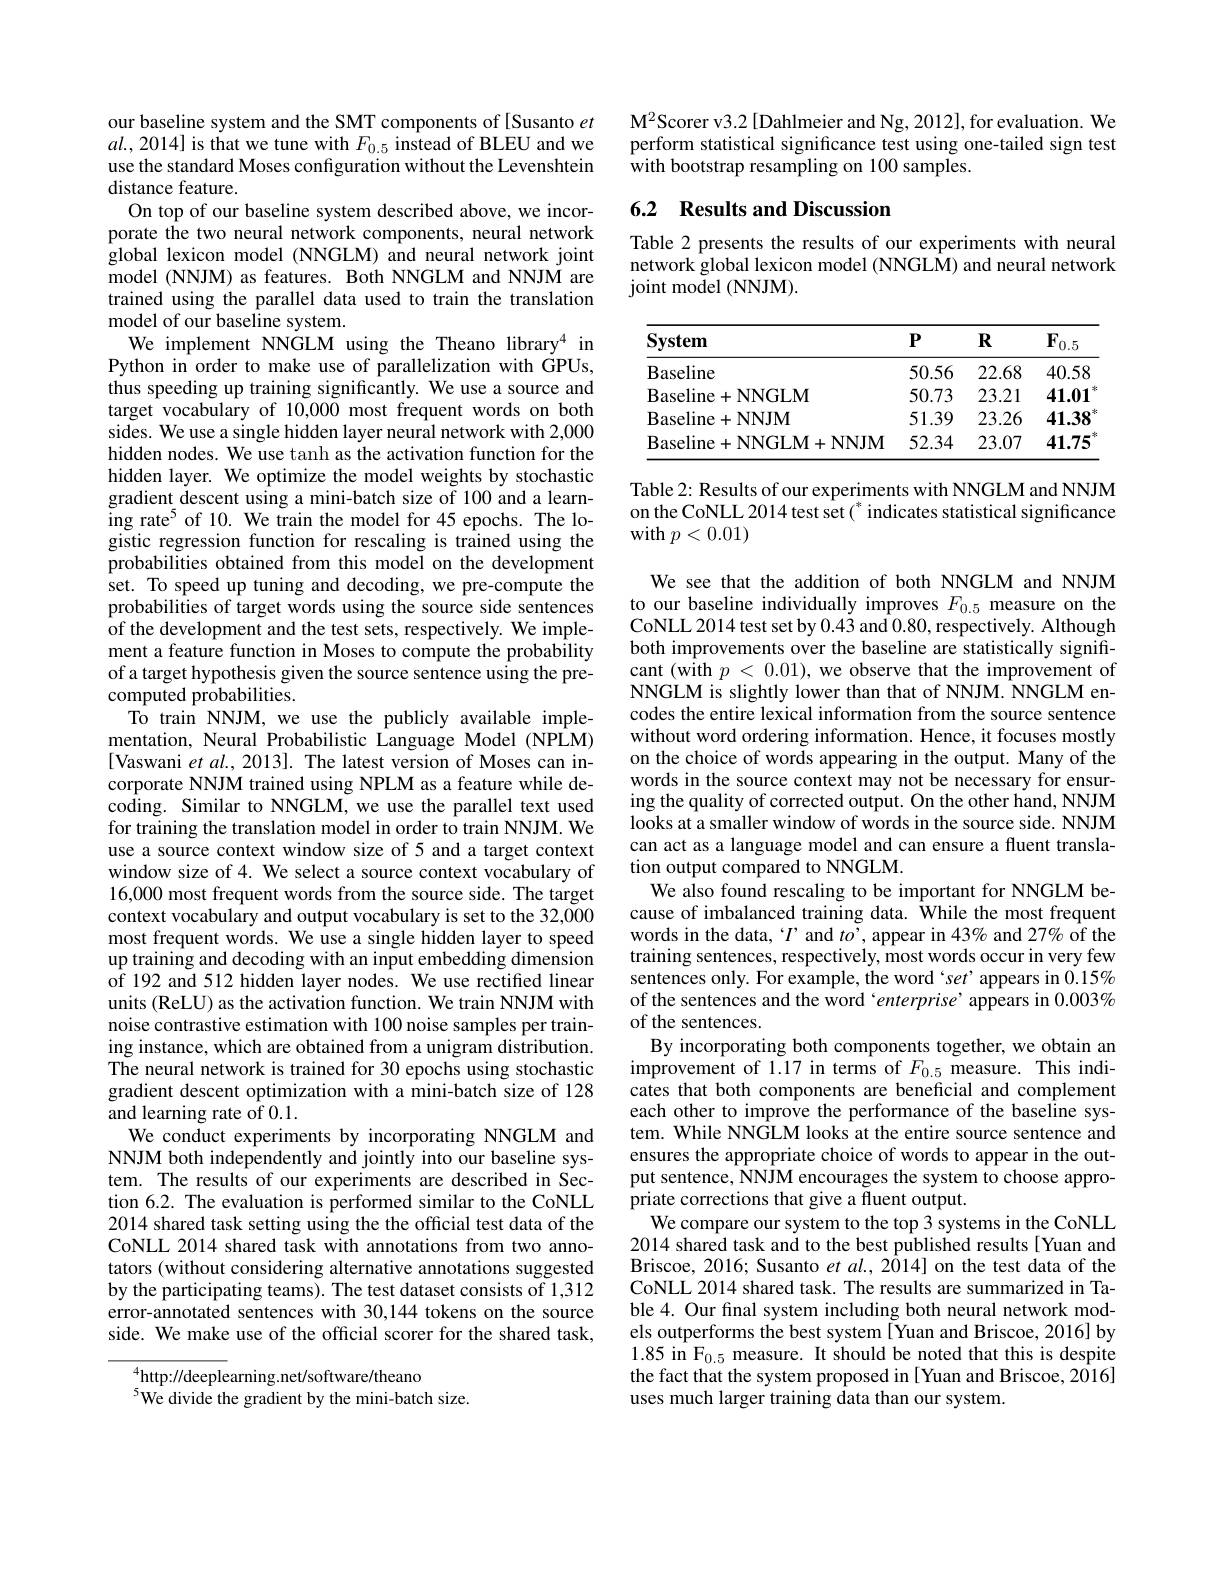
our baseline system and the SMT components of [Susanto et $al. , 2014]$ is that we tune with $F_{0. 5}$ instead of BLEU and we use the standard Moses configuration without the Levenshtein distance feature.
On top of our baseline system described above, we incorporate the two neural network components, neural network global lexicon model (NNGLM) and neural network joint model (NNJM) as features. Both NNGLM and NNJM are trained using the parallel data used to train the translation model of our baseline system.
We implement NNGLM using the Theano library$^{4}$ in Python in order to make use of parallelization with GPUs, thus speeding up training significantly. We use a source and target vocabulary of 10,000 most frequent words on both sides. We use a single hidden layer neural network with 2,000 hidden nodes. We use tanh as the activation function for the hidden layer. We optimize the model weights by stochastic gradient descent using a mini-batch size of 100 and a learning rate$^{5}$ of 10. We train the model for 45 epochs. The logistic regression function for rescaling is trained using the probabilities obtained from this model on the development set. To speed up tuning and decoding, we pre-compute the probabilities of target words using the source side sentences of the development and the test sets, respectively. We implement a feature function in Moses to compute the probability of a target hypothesis given the source sentence using the precomputed probabilities.
To train NNJM, we use the publicly available implementation, Neural Probabilistic Language Model (NPLM) [Vaswani et al., 2013]. The latest version of Moses can incorporate NNJM trained using NPLM as a feature while decoding. Similar to NNGLM, we use the parallel text used for training the translation model in order to train NNJM. We use a source context window size of 5 and a target context window size of 4. We select a source context vocabulary of 16,000 most frequent words from the source side. The target context vocabulary and output vocabulary is set to the 32,000 most frequent words. We use a single hidden layer to speed up training and decoding with an input embedding dimension of 192 and 512 hidden layer nodes. We use rectified linear units (ReLU) as the activation function. We train NNJM with noise contrastive estimation with 100 noise samples per training instance, which are obtained from a unigram distribution. The neural network is trained for 30 epochs using stochastic gradient descent optimization with a mini-batch size of 128 and learning rate $\tilde{\mathrm{of}}0.1.$
We conduct experiments by incorporating NNGLM and NNJM both independently and jointly into our baseline system. The results of our experiments are described in Section 6.2. The evaluation is performed similar to the CoNLL 2014 shared task setting using the the official test data of the CoNLL 2014 shared task with annotations from two annotators (without considering alternative annotations suggested by the participating teams). The test dataset consists of 1,312 error-annotated sentences with 30,144 tokens on the source side. We make use of the official scorer for the shared task,

$^{4}$http://deeplearning.net/software/theano

$^{5}$We divide the gradient by the mini-batch size.

M$^{2}$Scorer v3.2[Dahlmeier and Ng, 2012], for evaluation. We perform statistical significance test using one-tailed sign test with bootstrap resampling on 100 samples.

# 6.2 Results and Discussion

Table 2 presents the results of our experiments with neural network global lexicon model (NNGLM) and neural network joint model (NNJM).

<table>
	<tbody>
		<tr>
			<th>System</th>
			<th>$P$</th>
			<th>$\mathbf{R}$</th>
			<th>$\mathbf{F}_{0.5}$</th>
		</tr>
		<tr>
			<td>Baseline</td>
			<td>50.56</td>
			<td>22.68</td>
			<td>40.58</td>
		</tr>
		<tr>
			<td>Baseline+ NNGLM</td>
			<td>50.73</td>
			<td>23.21</td>
			<td>41.01</td>
		</tr>
		<tr>
			<td>$\mathbf{B}$aseline$+\mathbf{NNJM}$</td>
			<td>51.39</td>
			<td>23.26</td>
			<td>41.38</td>
		</tr>
		<tr>
			<td>Baseline+ NNGLM+ NNJM</td>
			<td>52.34</td>
			<td>23.07</td>
			<td>41.75</td>
		</tr>
	</tbody>
</table>

Table 2: Results of our experiments with NNGLM and NNJM on the CoNLL 2014 test set ( " indicates statistical significance with $p<0.01)$

We see that the addition of both NNGLM and NNJM to our baseline individually improves $F_{0.5}$ measure on theCoNLL 2014 test set by 0.43 and 0.80, respectively. Although both improvements over the baseline are statistically significant (with $p<0.01)$, we observe that the improvement of NNGLM is slightly lower than that of NNJM. NNGLM encodes the entire lexical information from the source sentence without word ordering information. Hence, it focuses mostly on the choice of words appearing in the output. Many of the words in the source context may not be necessary for ensuring the quality of corrected output. On the other hand, NNJM looks at a smaller window of words in the source side. NNJM can act as a language model and can ensure a fluent translation output compared to NNGLM.
We also found rescaling to be important for NNGLM because of imbalanced training data. While the most frequent words in the data, ‘' and $to’$, appear in $43\%$ and 27% of the training sentences, respectively, most words occur in very few sentences only. For example, the word set'appears in $0.15\%$ of the sentences and the word`enterprise' appears in $0.003\%$ of the sentences.
By incorporating both components together, we obtain an $\dot{\text{improvement of 1.17 in terms of }F_{0.5}}$measure. This indicates that both components are beneficial and complement each other to improve the performance of the baseline system. While NNGLM looks at the entire source sentence and ensures the appropriate choice of words to appear in the output sentence, NNJM encourages the system to choose appropriate corrections that give a fluent output.
We compare our system to the top 3 systems in the CoNLL 2014 shared task and to the best published results[ Yuan and Briscoe, 2016; Susanto $etal.,2\bar{0}14]$ on the test data of the CoNLL 2014 shared task. The results are summarized in Table 4. Our final system including both neural network models outperforms the best system[Yuan and Briscoe, 2016] by $\begin{array}{ll}1.85\mathrm{~in~F_{0.5}~measure.~It~should~be~noted~that~this~is~despite}\\\text{the fact that the system proposed in[Yuan and Briscoe,2016]}\end{array}$ uses much larger training data than our system.